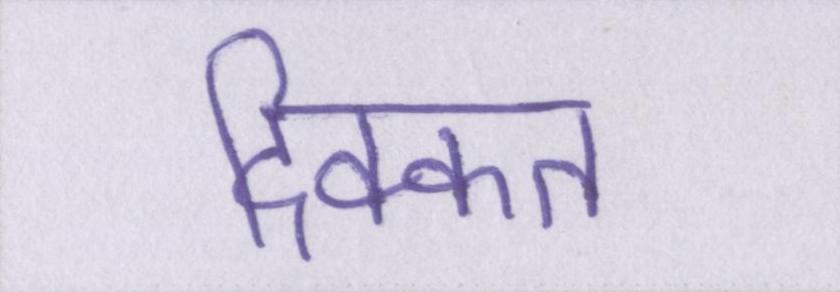
दिक्कत